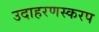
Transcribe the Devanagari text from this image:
उदाहरणस्करप